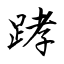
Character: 踍